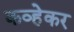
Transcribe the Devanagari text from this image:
कव्हेकर